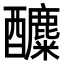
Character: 𨣿